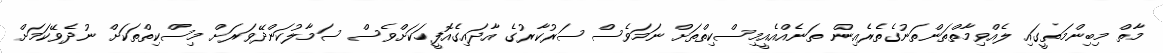
މާތް މިބިންމަތީގައި ލެއްވިމާތްތަންތަނުގެތެރެއިން ތަނެއްއެއީމިސްކިތްތަށް ނަމަވެސް ސަރުކާރުގެ އާދައިގެއޮފީހަކަށްވެސް ސަމާލުކަންދޭވަރަށް މިސްކިތްތަކަށް ނުދެވޭކަމަށް